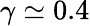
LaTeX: \gamma\simeq 0.4